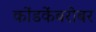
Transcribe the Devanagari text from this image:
कोंडकेंबरोबर